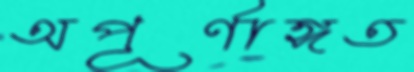
অপূর্ণাঙ্গত